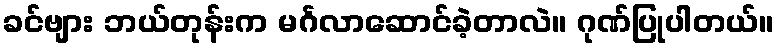
ခင်ဗျား ဘယ်တုန်းက မင်္ဂလာဆောင်ခဲ့တာလဲ။ ဂုဏ်ပြုပါတယ်။